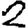
Digit: 2